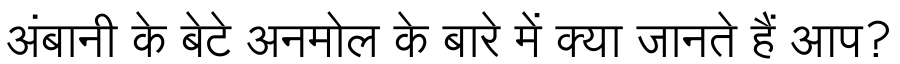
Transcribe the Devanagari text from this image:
अंबानी के बेटे अनमोल के बारे में क्या जानते हैं आप?